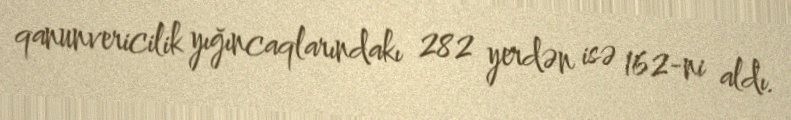
qanunvericilik yığıncaqlarındakı 282 yerdən isə 162-ni aldı.